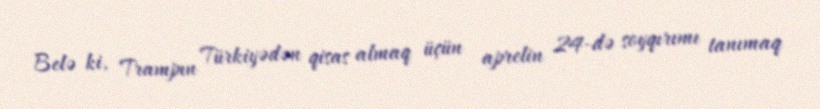
Belə ki, Trampın Türkiyədən qisas almaq üçün aprelin 24-də soyqırımı tanımaq